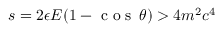
s = 2 \epsilon E ( 1 - \textrm { c o s } \, \theta ) > 4 m ^ { 2 } c ^ { 4 }